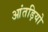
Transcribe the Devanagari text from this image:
आंतड़ियो